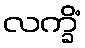
လက္ခိံ